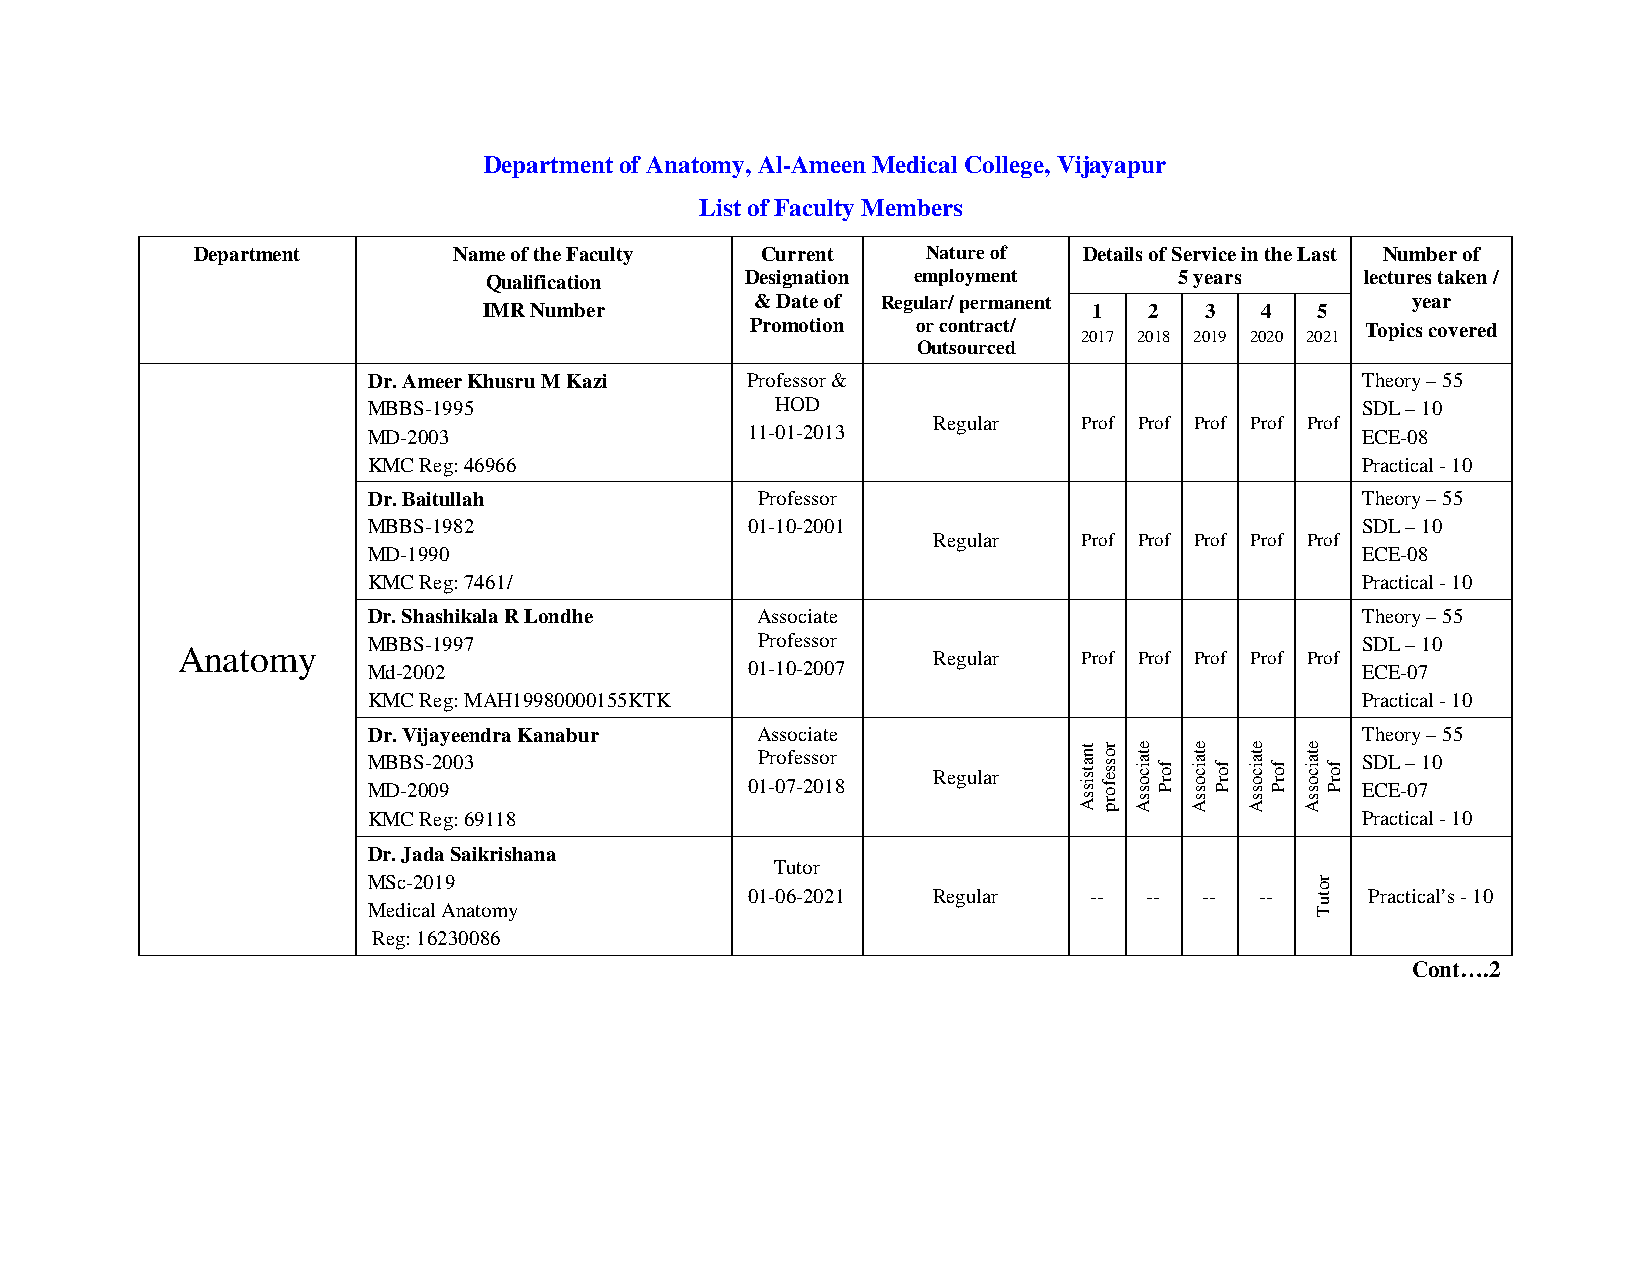
Department of Anatomy, Al-Ameen Medical College, Vijayapur
 List of Faculty Members
 Department       Name of the Faculty Current    Nature of  Details of Service in the Last Number of
 Qualification    Designation employment       5 years     lectures taken /
 & Date of Regular/ permanent               year
 IMR Number                              1   2   3  4   5
 Promotion  or contract/
 2017 2018 2019 2020 2021
 Topics covered
 Outsourced
 Dr. Ameer Khusru M Kazi  Professor &                              Theory – 55
 MBBS-1995                  HOD                                    SDL – 10
 Regular   Prof Prof Prof Prof Prof
 MD-2003                   11-01-2013                              ECE-08
 KMC Reg: 46966                                                    Practical - 10
 Dr. Baitullah             Professor                               Theory – 55
 MBBS-1982                 01-10-2001                              SDL – 10
 Regular   Prof Prof Prof Prof Prof
 MD-1990                                                           ECE-08
 KMC Reg: 7461/                                                    Practical - 10
 Dr. Shashikala R Londhe   Associate                               Theory – 55
 MBBS-1997                 Professor                               SDL – 10
 Anatomy
 Md-2002                   01-10-2007
 Regular   Prof Prof Prof Prof Prof
 ECE-07
 KMC Reg: MAH19980000155KTK                                        Practical - 10
 Dr. Vijayeendra Kanabur   Associate                               Theory – 55
 MBBS-2003                 Professor                               SDL – 10
 Regular
 MD-2009                   01-07-2018                              ECE-07
 KMC Reg: 69118                                                    Practical - 10
 Dr. Jada Saikrishana
 Tutor
 MSc-2019
 01-06-2021  Regular   --  --  -- --      Practical’s - 10
 Medical Anatomy
 Reg: 16230086
 Cont….2
 tnatsissA rosseforp etaicossA
 forP
 etaicossA
 forP
 etaicossA
 forP
 etaicossA
 rotuT
 forP